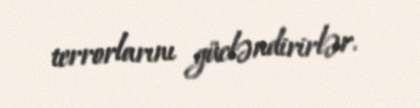
terrorlarını gücləndirirlər.